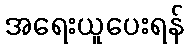
အရေးယူပေးရန်